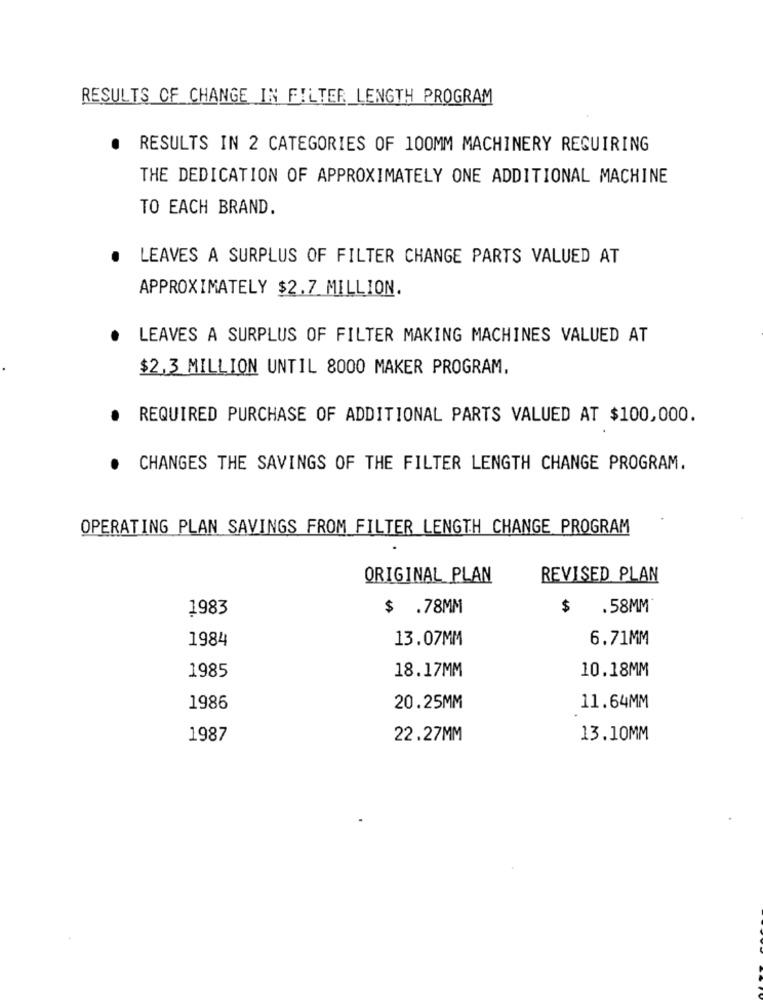
RESULTS OF CHANGE IN FILTER LENGTH PROGRAM
. RESULTS IN 2 CATEGORIES OF 100MM MACHINERY REQUIRING
THE DEDICATION OF APPROXIMATELY ONE ADDITIONAL MACHINE
TO EACH BRAND.
LEAVES A SURPLUS OF FILTER CHANGE PARTS VALUED AT
APPROXIMATELY $2.7 MILLION.
LEAVES A SURPLUS OF FILTER MAKING MACHINES VALUED AT
$2,3 MILLION UNTIL 8000 MAKER PROGRAM,
REQUIRED PURCHASE OF ADDITIONAL PARTS VALUED AT $100,000.
CHANGES THE SAVINGS OF THE FILTER LENGTH CHANGE PROGRAM.
OPERATING PLAN SAVINGS FROM FILTER LENGTH CHANGE PROGRAM
ORIGINAL PLAN
REVISED PLAN
1983
$ .78MM
$
.58MM
1984
13.07MM
6.71MM
18.17MM
10.18MM
1985
1986
20.25MM
11.64MM
1987
22.27MM
13.10MM